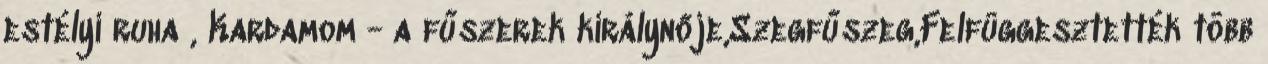
estélyi ruha , Kardamom - a fűszerek királynője,Szegfűszeg,Felfüggesztették több